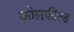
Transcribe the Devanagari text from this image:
काेलफील्ड